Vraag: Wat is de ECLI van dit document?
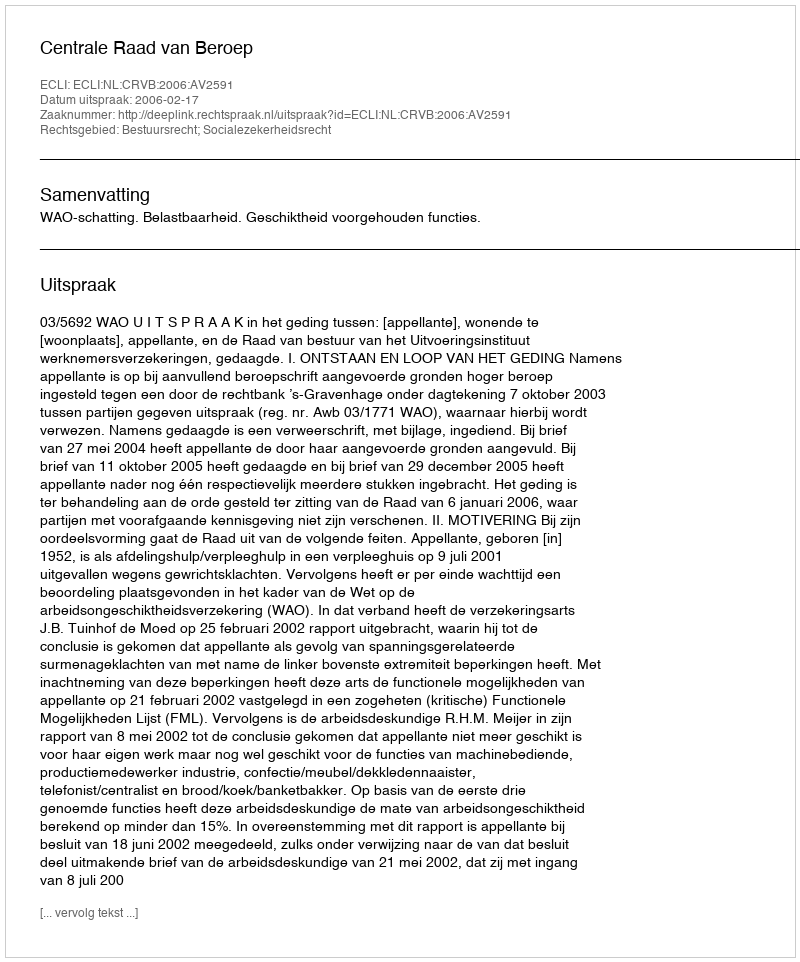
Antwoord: ECLI:NL:CRVB:2006:AV2591